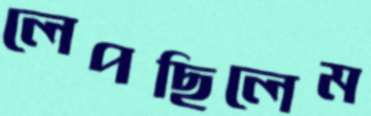
লেপছিলেম